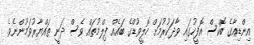
އިންޑިއާގެ ބޮކްސް އޮފީހުގައި ވާދަކުރުމަށް ހޮލީވުޑްގެ ބައެއް ފިލްމުތައް ވެސް ދަނީ ތައްޔާރުވަމުންނެވެ.